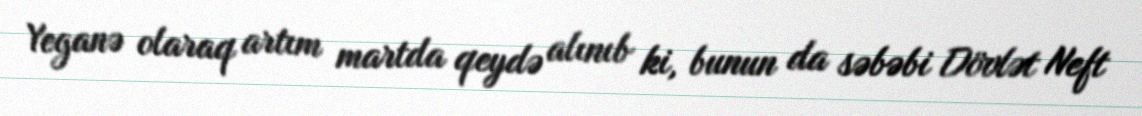
Yeganə olaraq artım martda qeydə alınıb ki, bunun da səbəbi Dövlət Neft